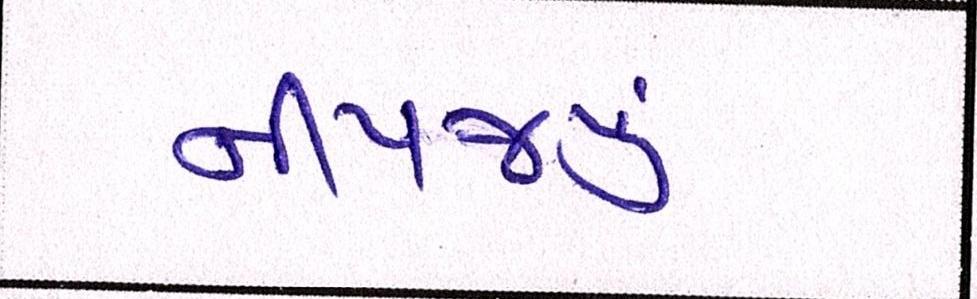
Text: નીપજ્યું